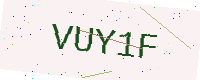
Text: VUY1F